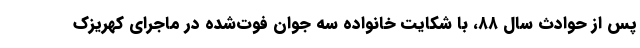
پس از حوادث سال ۸۸، با شکایت خانواده سه جوان فوت‌شده در ماجرای کهریزک